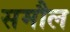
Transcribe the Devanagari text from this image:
समौल